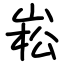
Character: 崧